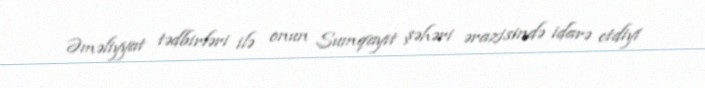
Əməliyyat tədbirləri ilə onun Sumqayıt şəhəri ərazisində idarə etdiyi